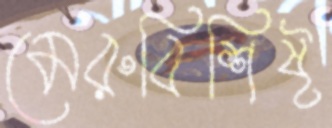
মেরুবিশিষ্ট